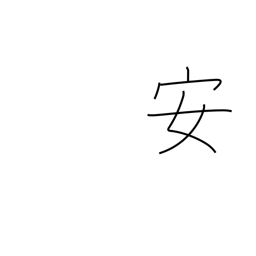
Meaning: peaceful